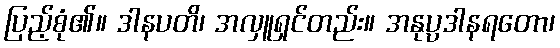
ပြည့်စုံ၏။ ဒါနပတိ၊ အလှူရှင်တည်း။ အနုပ္ပဒါနရတော၊